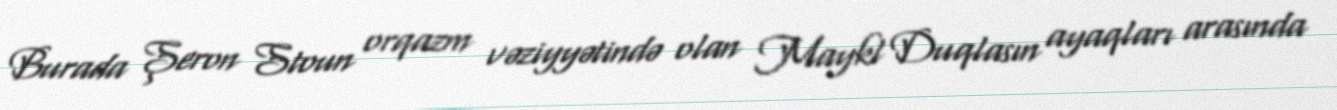
Burada Şeron Stoun orqazm vəziyyətində olan Maykl Duqlasın ayaqları arasında